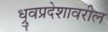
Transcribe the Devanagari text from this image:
ध्रुवप्रदेशावरील